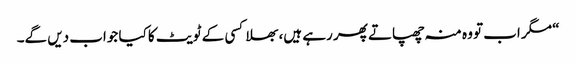
“ مگر اب تو وہ منہ چھپاتے پھر رہے ہیں، بھلا کسی کے ٹویٹ کا کیا جواب دیں گے۔